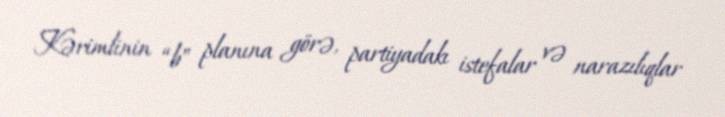
Kərimlinin “b” planına görə, partiyadakı istefalar və narazılıqlar